Indian journal of veterinary science and animal husbandry - Volume 3,
Year: 1933
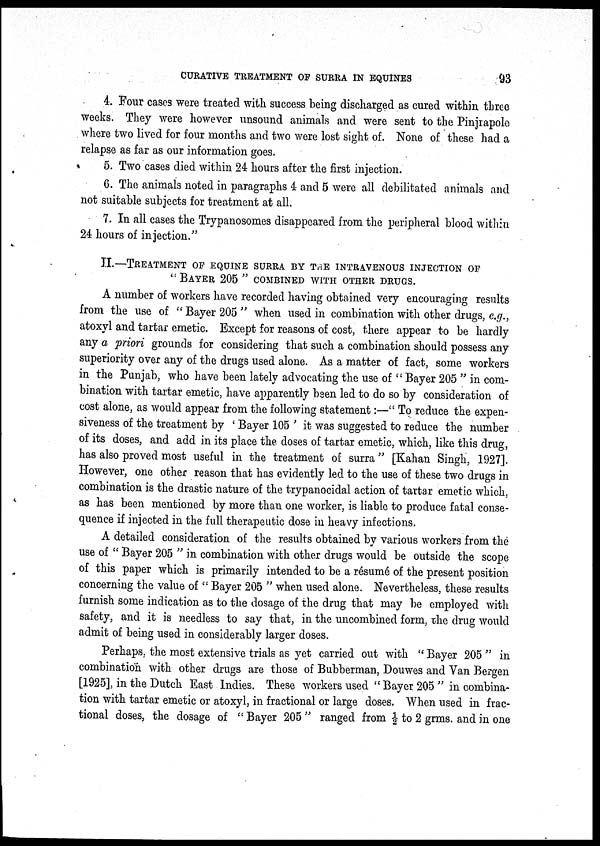
CURATIVE TREATMENT OF SURRA IN EQUINES
93
4. Four cases were treated with success being discharged as cured within three
weeks. They were however unsound animals and were sent to the Pinjrapole
where two lived for four months and two were lost sight of. None of these had a
relapse as far as our information goes.
5. Two cases died within 24 hours after the first injection.
6. The animals noted in paragraphs 4 and 5 were all debilitated animals and
not suitable subjects for treatment at all.
7. In all cases the Trypanosomes disappeared from the peripheral blood within
24 hours of injection."
II.—TREATMENT OF EQUINE SURRA BY THE INTRAVENOUS INJECTION OF
" BAYER 205 " COMBINED WITH OTHER DRUGS.
A number of workers have recorded having obtained very encouraging results
from the use of " Bayer 205 " when used in combination with other drugs, e.g.,
atoxyl and tartar emetic. Except for reasons of cost, there appear to be hardly
any a priori grounds for considering that such a combination should possess any
superiority over any of the drugs used alone. As a matter of fact, some workers
in the Punjab, who have been lately advocating the use of " Bayer 205 " in com-
bination with tartar emetic, have apparently been led to do so by consideration of
cost alone, as would appear from the following statement:—" To reduce the expen-
siveness of the treatment by ' Bayer 105 ' it was suggested to reduce the number
of its doses, and add in its place the doses of tartar emetic, which, like this drug,
has also proved most useful in the treatment of surra" [Kahan Singh, 1927].
However, one other reason that has evidently led to the use of these two drugs in
combination is the drastic nature of the trypanocidal action of tartar emetic which,
as has been mentioned by more than one worker, is liable to produce fatal conse-
quence if injected in the full therapeutic dose in heavy infections.
A detailed consideration of the results obtained by various workers from the
use of " Bayer 205 " in combination with other drugs would be outside the scope
of this paper which is primarily intended to be a résumé of the present position
concerning the value of " Bayer 205 " when used alone. Nevertheless, these results
furnish some indication as to the dosage of the drug that may be employed with
safety, and it is needless to say that, in the uncombined form, the drug would
admit of being used in considerably larger doses.
Perhaps, the most extensive trials as yet carried out with " Bayer 205 " in
combination with other drugs are those of Bubberman, Douwes and Van Bergen
[1925], in the Dutch East Indies. These workers used " Bayer 205 " in combina-
tion with tartar emetic or atoxyl, in fractional or large doses. When used in frac-
tional doses, the dosage of " Bayer 205 " ranged from ½ to 2 grms. and in one